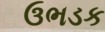
ઉભડક